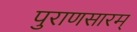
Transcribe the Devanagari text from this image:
पुराणसारम्